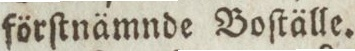
förſtnämnde Boſtälle.